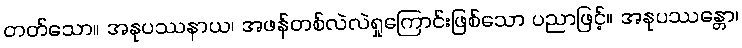
တတ်သော။ အနုပဿနာယ၊ အဖန်တစ်လဲလဲရှုကြောင်းဖြစ်သော ပညာဖြင့်။ အနုပဿန္တော၊